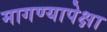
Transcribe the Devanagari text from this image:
मागण्यापेक्षा